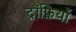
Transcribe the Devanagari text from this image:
ट्रॉफ़ियों